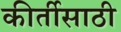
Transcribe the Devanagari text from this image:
कीर्तीसाठी